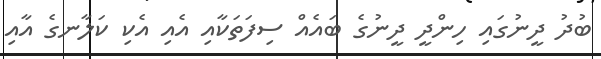
ބުދު ދީނުގައި ހިންދީ ދީނުގެ ބައެއް ސިފަތަކާއި އެއި އެކި ކަލާނގެ އާއި